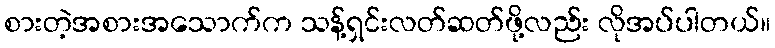
စားတဲ့အစားအသောက်က သန့်ရှင်းလတ်ဆတ်ဖို့လည်း လိုအပ်ပါတယ်။